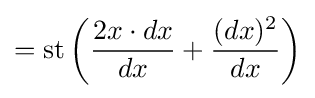
=\operatorname {st} \left({\frac {2x\cdot dx}{dx}}+{\frac {(dx)^{2}}{dx}}\right)